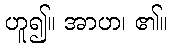
ဟူ၍။ အာဟ၊ ၏။